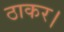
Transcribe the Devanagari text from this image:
ठाकर।